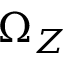
\Omega _ { Z }